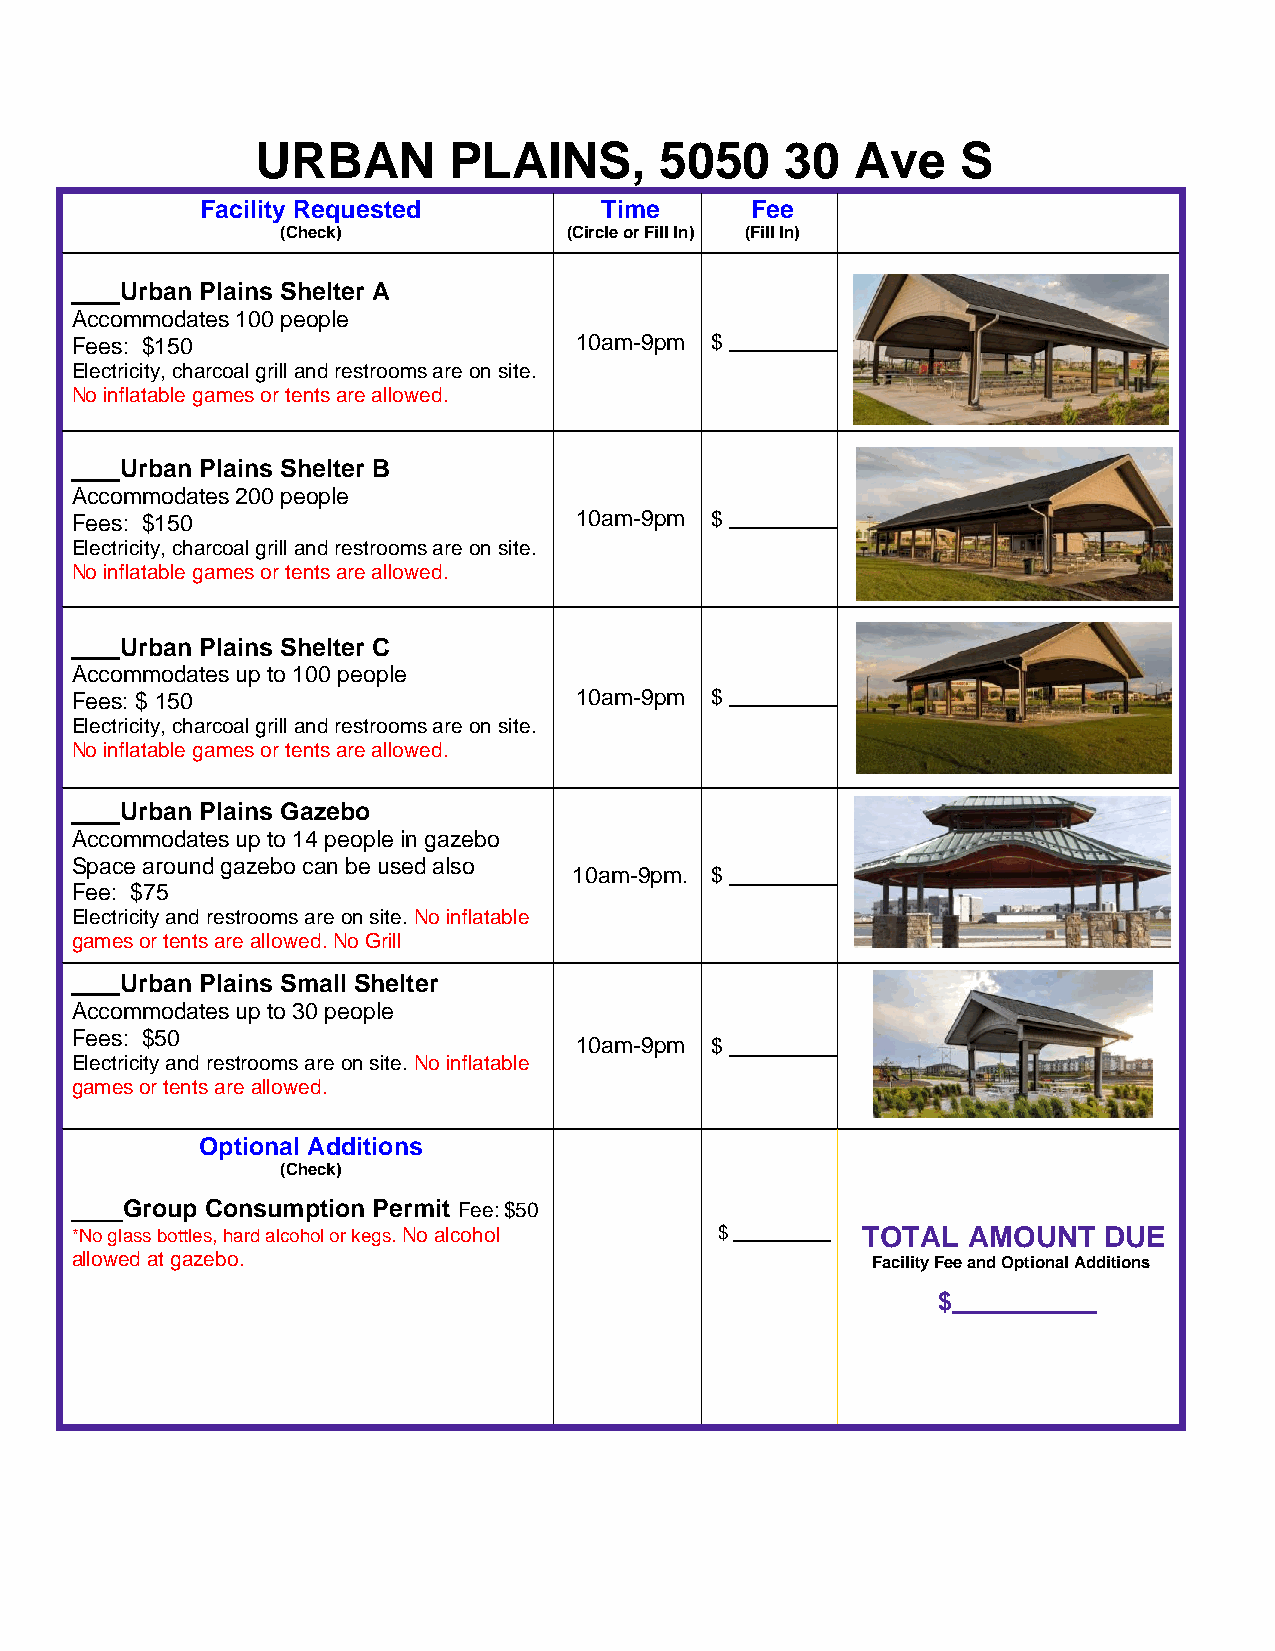
URBAN        PLAINS,       5050    30   Ave    S
 Facility Requested         Time      Fee
 (Check)            (Circle or Fill In) (Fill In)
 Urban Plains Shelter A
 Accommodates 100 people
 Fees: $150                       10am-9pm $
 Electricity, charcoal grill and restrooms are on site.
 No inflatable games or tents are allowed.
 Urban Plains Shelter B
 Accommodates 200 people
 Fees: $150                       10am-9pm $
 Electricity, charcoal grill and restrooms are on site.
 No inflatable games or tents are allowed.
 Urban Plains Shelter C
 Accommodates up to 100 people
 Fees: $ 150                      10am-9pm $
 Electricity, charcoal grill and restrooms are on site.
 No inflatable games or tents are allowed.
 Urban Plains Gazebo
 Accommodates up to 14 people in gazebo
 Space around gazebo can be used also
 10am-9pm. $
 Fee: $75
 Electricity and restrooms are on site. No inflatable
 games or tents are allowed. No Grill
 Urban Plains Small Shelter
 Accommodates up to 30 people
 Fees: $50
 10am-9pm $
 Electricity and restrooms are on site. No inflatable
 games or tents are allowed.
 Optional Additions
 (Check)
 Group Consumption Permit Fee: $50
 *No glass bottles, hard alcohol or kegs. No alcohol $ TOTAL AMOUNT  DUE
 allowed at gazebo.                                   Facility Fee and Optional Additions
 $